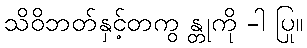
သိဝိဘတ်နှင့်တကွ န္တုကို -ါ ပြု။